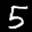
Label: 5